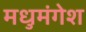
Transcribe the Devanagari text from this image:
मधुमंगेश